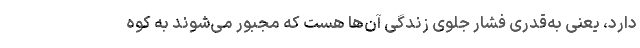
دارد، یعنی به‌قدری فشار جلوی زندگی آن‌ها هست که مجبور می‌شوند به کوه